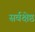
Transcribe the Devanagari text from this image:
सर्वक्षेष्ठ